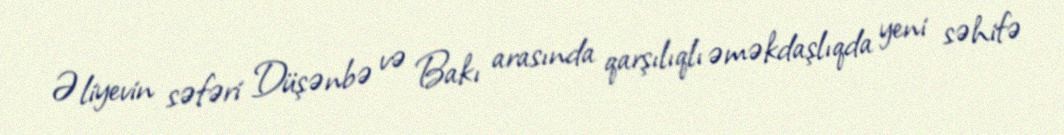
Əliyevin səfəri Düşənbə və Bakı arasında qarşılıqlı əməkdaşlıqda yeni səhifə